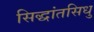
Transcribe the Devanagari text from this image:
सिद्धांतसिधु